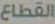
القطاع